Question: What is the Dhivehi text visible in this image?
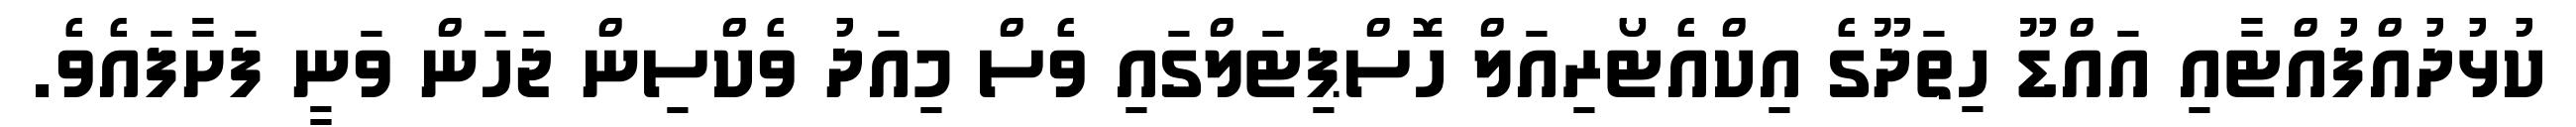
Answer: ކުޅުދުއްފުއްޓާއި އައްޑޫ ހިތަދޫގެ އިކްއެޓޯރިއަލް ހޮސްޕިޓަލްގައި ވެސް މިއަދު ވެކްސިން ޖަހަން ވަނީ ފަށާފައެވެ.